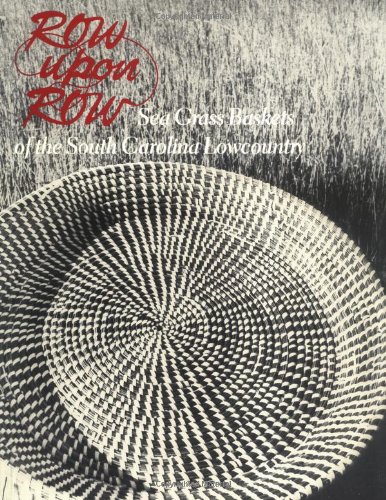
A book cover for Row upon Row: Sea Grass Baskets of the South Carolina Lowcountry; Dale Rosengarten; Crafts, Hobbies & Home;